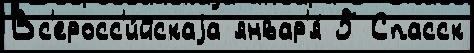
Вс'еросс'и́йскаjа январ'я́ 5 Спасск